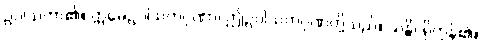
ဥပါသကာ၏။ ဣမေဥပါသကဂုဏာ၊ ဤဥပါသကဂုဏ်တို့သည်။ သန္တိ၊ ရှိကုန်၏။